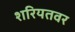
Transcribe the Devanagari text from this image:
शरियतवर